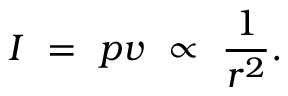
I \ = \ p v \ \propto \ { \frac { 1 } { r ^ { 2 } } } .